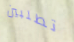
تطلبين